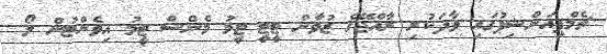
ޗެމްޕިއަންޝިޕުގައި ވާދަކުރި ރާއްޖޭގެ ޒުވާން ޓީޓީ ޓީމު މެންސް ޓީމު އިވެންޓުން ލޯ